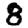
Digit: 8